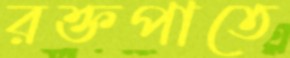
রক্তপাতে